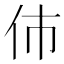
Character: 伂